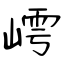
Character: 嶀